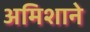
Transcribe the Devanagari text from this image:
अमिशाने